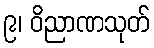
၉၊ ဝိညာဏသုတ်